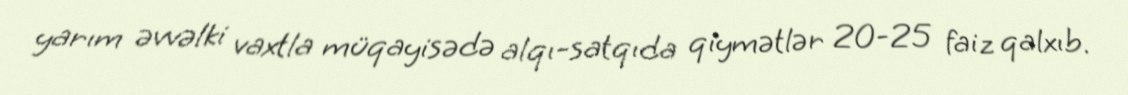
yarım əvvəlki vaxtla müqayisədə alqı-satqıda qiymətlər 20-25 faiz qalxıb.